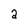
Character: 2